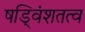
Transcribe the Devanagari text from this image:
षड्विंशतत्व